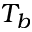
T _ { b }